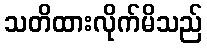
သတိထားလိုက်မိသည်